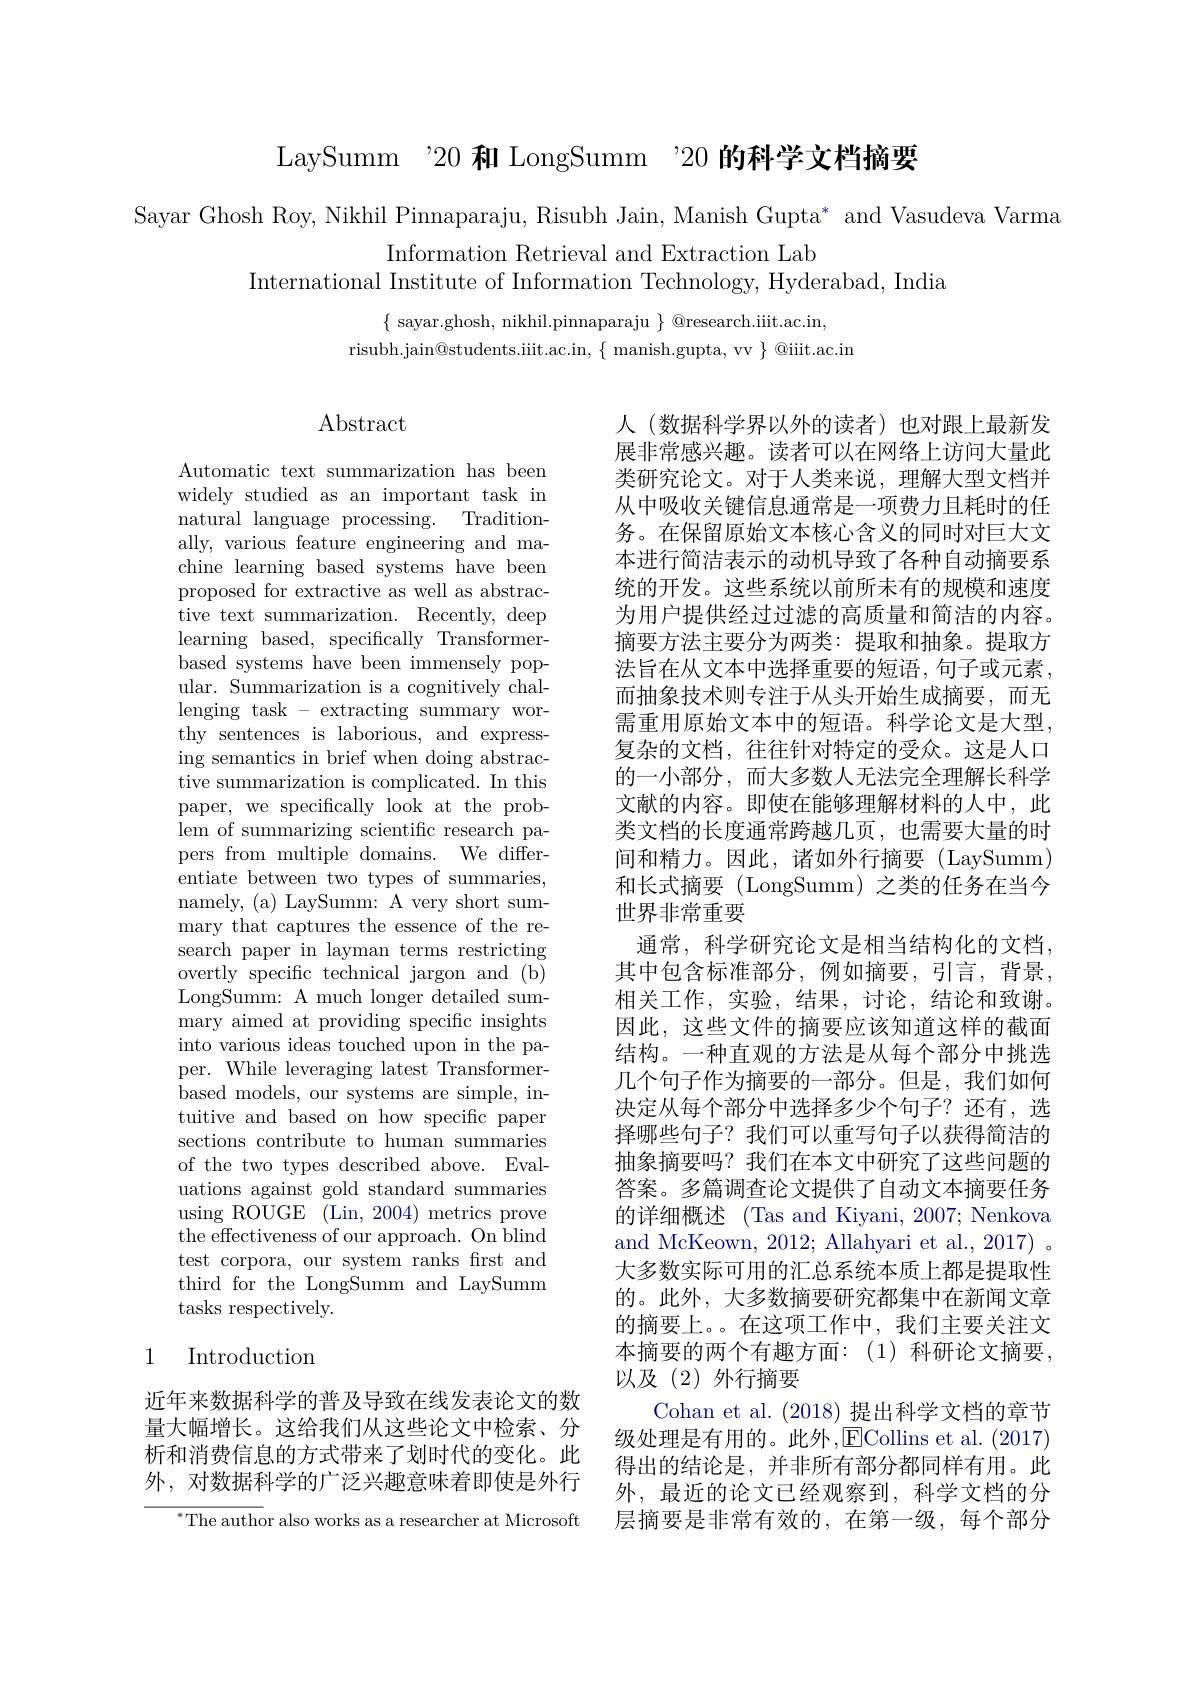
LaySumm "20 和 LongSumm '20 的科学文档摘要

Sayar Ghosh Roy, Nikhil Pinnaparaju, Risubh Jain, Manish Gupta* and Vasudeva Varma
Information Retrieval and Extraction Lab
International Institute of Information Technology, Hyderabad, India

$\{$ sayar.ghosh, nikhil.pinnaparaju $\}$ @research.iiit.ac.in,
$risubh.jain@students.iiit.ac.in,~\{~manish.gupta,~vv~\}~@iiit.ac.in$

# $\operatorname{Abstract}$

Automatic text summarization has been widely studied as an important task in natural language processing. Traditionally, various feature engineering and machine learning based systems have been proposed for extractive as well as abstractive text summarization. Recently, deep learning based, specifically Transformerbased systems have been immensely popular. Summarization is a cognitively challenging task - extracting summary worthy sentences is laborious, and expressing semantics in brief when doing abstractive summarization is complicated. In this paper, we specifically look at the problem of summarizing scientific research papers from multiple domains. We differentiate between two types of summaries, namely, (a) LaySumm: A very short summary that captures the essence of the research paper in layman terms restricting overtly specific technical jargon and (b) LongSumm: A much longer detailed summary aimed at providing specific insights into various ideas touched upon in the paper. While leveraging latest Transformerbased models, our systems are simple, intuitive and based on how specific paper sections contribute to human summaries of the two types described above. Evaluations against gold standard summaries using ROUGE (Lin, 2004) metrics prove the effectiveness of our approach. On blind test corpora, our system ranks frst and third for the LongSumm and LaySumm tasks respectively.

人 (数据科学界以外的读者)也对跟上最新发展非常感兴趣。读者可以在网络上访问大量此类研究论文。对于人类来说，理解大型文档并从中吸收关键信息通常是一项费力且耗时的任务。在保留原始文本核心含义的同时对巨大文本进行简洁表示的动机导致了各种自动摘要系统的开发。这些系统以前所未有的规模和速度为用户提供经过过滤的高质量和简洁的内容。摘要方法主要分为两类：提取和抽象。提取方法旨在从文本中选择重要的短语，句子或元素， 而抽象技术则专注于从头开始生成摘要，而无需重用原始文本中的短语。科学论文是大型， 复杂的文档，往往针对特定的受众。这是人口的一小部分，而大多数人无法完全理解长科学文献的内容。即使在能够理解材料的人中，此类文档的长度通常跨越几页，也需要大量的时间和精力。因此，诸如外行摘要(LaySumm) 和长式摘要 (LongSumm) 之类的任务在当今世界非常重要
通常，科学研究论文是相当结构化的文档， 其中包含标准部分，例如摘要，引言，背景， 相关工作，实验，结果，讨论，结论和致谢。因此，这些文件的摘要应该知道这样的截面结构。一种直观的方法是从每个部分中挑选几个句子作为摘要的一部分。但是，我们如何决定从每个部分中选择多少个句子？还有，选择哪些句子？我们可以重写句子以获得简洁的抽象摘要吗？我们在本文中研究了这些问题的答案。多篇调查论文提供了自动文本摘要任务的详细概述 (Tas and Kiyani, 2007; Nenkova and McKeown, 2012; Allahyari et al., 2017) 。大多数实际可用的汇总系统本质上都是提取性的。此外，大多数摘要研究都集中在新闻文章的摘要上。。在这项工作中，我们主要关注文本摘要的两个有趣方面：(1)科研论文摘要， 以及(2)外行摘要
Cohan et al. (2018) 提出科学文档的章节级处理是有用的。此外，ECollins et al. (2017) 得出的结论是，并非所有部分都同样有用。此外，最近的论文已经观察到，科学文档的分层摘要是非常有效的，在第一级，每个部分

## 1 Introduction

近年来数据科学的普及导致在线发表论文的数量大幅增长。这给我们从这些论文中检索、分析和消费信息的方式带来了划时代的变化。此外，对数据科学的广泛兴趣意味着即使是外行

${^*{\mathrm{The~author~also~works~as~a~researcher~at~Microsoft}}}$